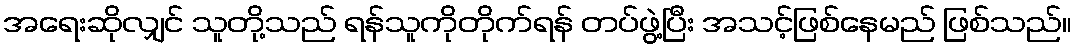
အရေးဆိုလျှင် သူတို့သည် ရန်သူကိုတိုက်ရန် တပ်ဖွဲ့ပြီး အသင့်ဖြစ်နေမည် ဖြစ်သည်။